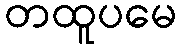
တထူပမေ